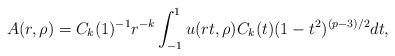
LaTeX: \begin{align*}A(r,\rho)=C_k(1)^{-1}r^{-k}\int_{-1}^1u(rt,\rho)C_k(t)(1-t^2)^{(p-3)/2}dt,\end{align*}